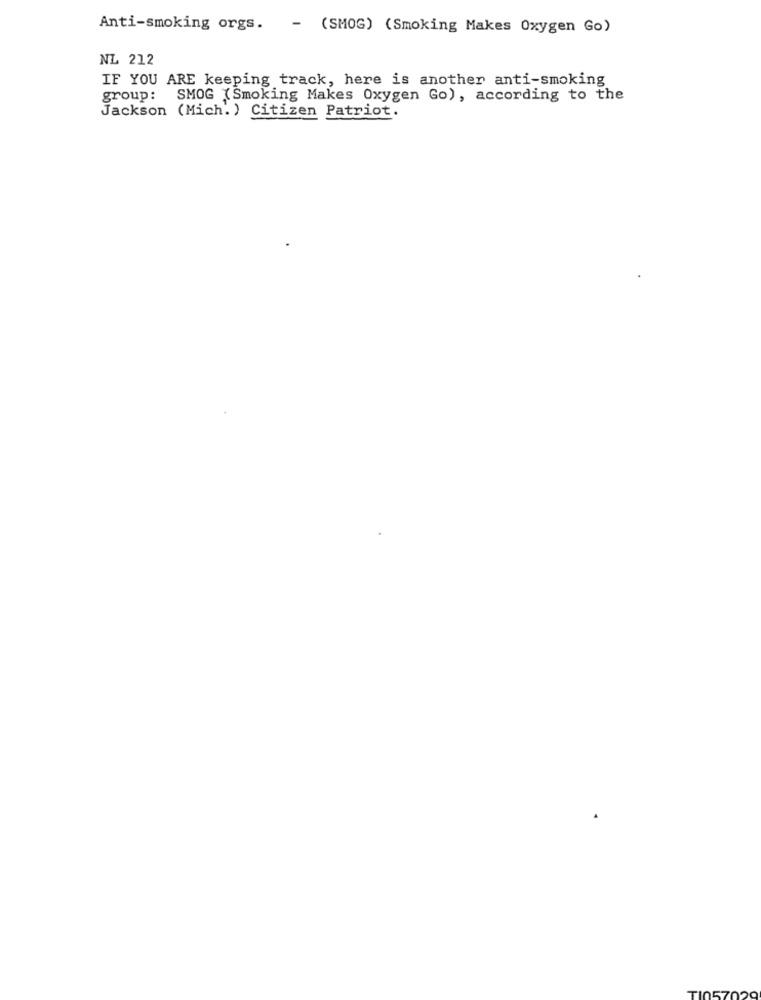
Anti-smoking orgs.
- (SMOG) (Smoking Makes Oxygen Go)
NL 212
IF YOU ARE keeping track, here is another anti-smoking
group: SMOG (Smoking Makes Oxygen Go), according to the
Jackson (Mich. ) Citizen Patriot.
TI0570